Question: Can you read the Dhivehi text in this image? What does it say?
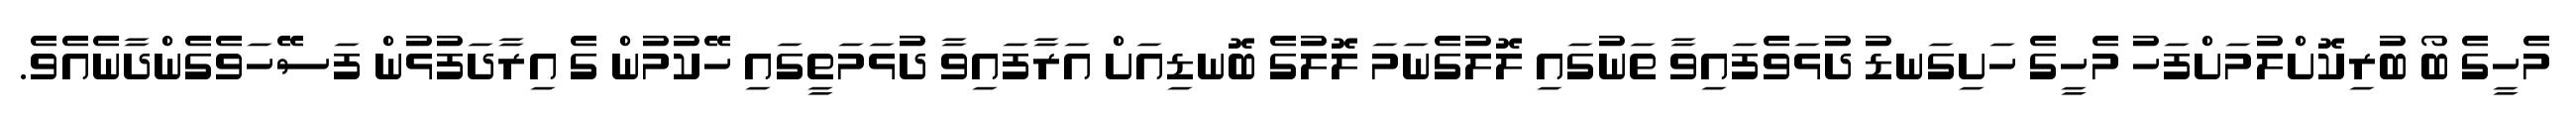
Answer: މެހީގެ ބޯ ބުރިކޮށްލުމަށްފަހު މެހީގެ ހަށިގަނޑު ދުޅަވެފައިވާ ތަނުގައި ލޮލުގެނަމަ ލޮލުގެ ބޮނޑިއަށް އަރާފައިވާ ދުޅަމަތީގައި ހޭކުމުން ގެ އިރާދަފުޅުން ފަސޭހަވެގެންދާނެއެވެ.